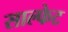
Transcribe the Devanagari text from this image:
साल्फेट